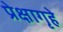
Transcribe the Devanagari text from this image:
प्रेक्षागृहे